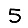
Digit: 5